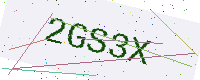
Text: 2GS3X